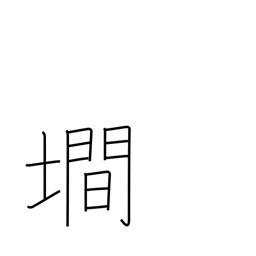
Meaning: steep slope